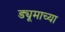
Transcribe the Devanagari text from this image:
ड्यूमाच्या